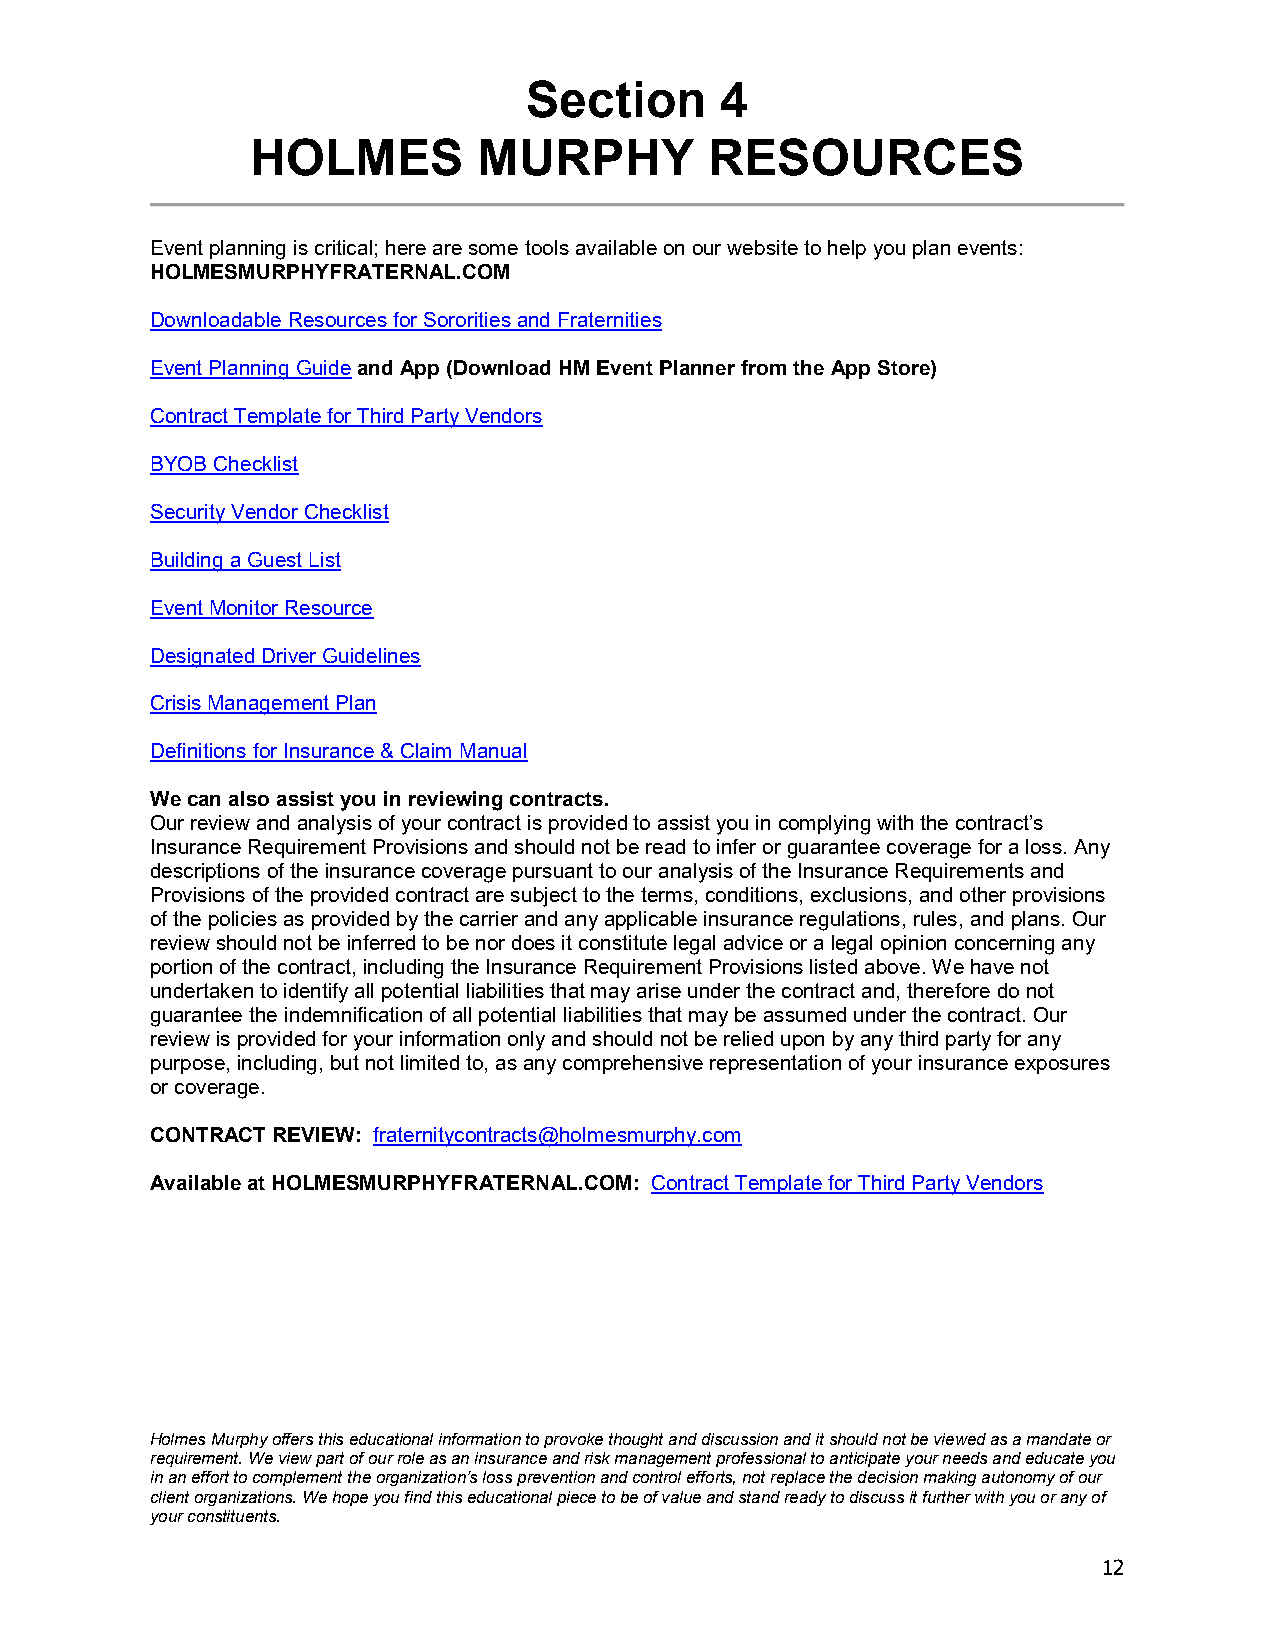
Section      4
 HOLMES         MURPHY         RESOURCES
 Event planning is critical; here are some tools available on our website to help you plan events:
 HOLMESMURPHYFRATERNAL.COM
 Downloadable Resources for Sororities and Fraternities
 Event Planning Guide and App (Download HM Event Planner from the App Store)
 Contract Template for Third Party Vendors
 BYOB Checklist
 Security Vendor Checklist
 Building a Guest List
 Event Monitor Resource
 Designated Driver Guidelines
 Crisis Management Plan
 Definitions for Insurance & Claim Manual
 We can also assist you in reviewing contracts.
 Our review and analysis of your contract is provided to assist you in complying with the contract’s
 Insurance Requirement Provisions and should not be read to infer or guarantee coverage for a loss. Any
 descriptions of the insurance coverage pursuant to our analysis of the Insurance Requirements and
 Provisions of the provided contract are subject to the terms, conditions, exclusions, and other provisions
 of the policies as provided by the carrier and any applicable insurance regulations, rules, and plans. Our
 review should not be inferred to be nor does it constitute legal advice or a legal opinion concerning any
 portion of the contract, including the Insurance Requirement Provisions listed above. We have not
 undertaken to identify all potential liabilities that may arise under the contract and, therefore do not
 guarantee the indemnification of all potential liabilities that may be assumed under the contract. Our
 review is provided for your information only and should not be relied upon by any third party for any
 purpose, including, but not limited to, as any comprehensive representation of your insurance exposures
 or coverage.
 CONTRACT REVIEW: fraternitycontracts@holmesmurphy.com
 Available at HOLMESMURPHYFRATERNAL.COM: Contract Template for Third Party Vendors
 Holmes Murphy offers this educational information to provoke thought and discussion and it should not be viewed as a mandate or
 requirement. We view part of our role as an insurance and risk management professional to anticipate your needs and educate you
 in an effort to complement the organization’s loss prevention and control efforts, not replace the decision making autonomy of our
 client organizations. We hope you find this educational piece to be of value and stand ready to discuss it further with you or any of
 your constituents.
 12